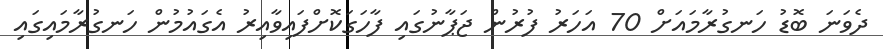
ދެވަނަ ބޮޑު ހަނގުރާމައަށް 70 އަހަރު ފުރުން ޖަޕާނުގައި ފާހަގަކޮށްފައިވާއިރު އެގައުމުން ހަނގުރާމައިގައި